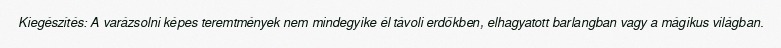
Kiegészítés: A varázsolni képes teremtmények nem mindegyike él távoli erdőkben, elhagyatott barlangban vagy a mágikus világban.